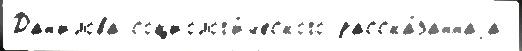
Дан'илова социолог'и́ческого расска́заннаjа